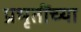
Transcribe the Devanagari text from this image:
प्रभृतींच्या